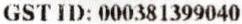
GST ID: 000381399040